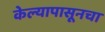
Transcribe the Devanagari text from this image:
केल्यापासूनचा